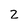
Character: z